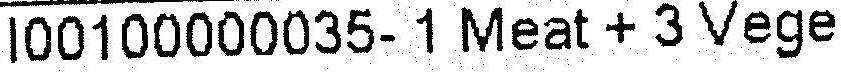
I00100000035- 1 MEAT + 3 VEGE